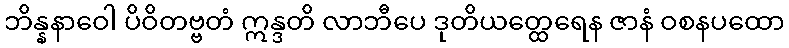
ဘိန္နနာဝေါ ပိဝိတဗ္ဗတံ ဣန္ဒတိ လာဘီပေ ဒုတိယတ္ထေရေန ဇာနံ ဝစနပထော